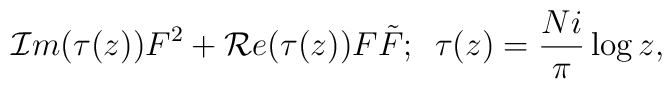
{\cal I}m(\tau(z))F^2+{\cal R}e(\tau(z))F\tilde{F};\,\,\, \tau(z)={Ni\over \pi}\log z ,